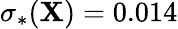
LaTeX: \sigma_{*}(\mathbf{X})=0.014